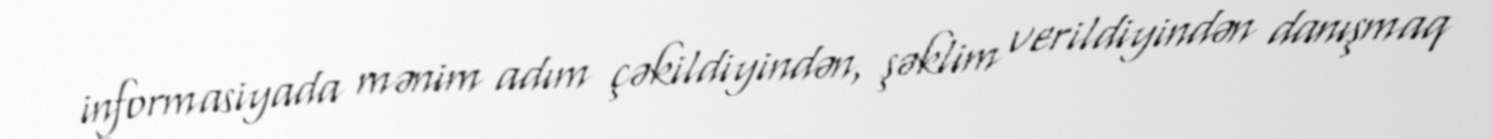
informasiyada mənim adım çəkildiyindən, şəklim verildiyindən danışmaq